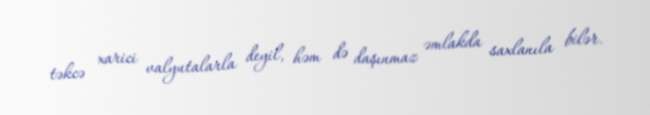
təkcə xarici valyutalarla deyil, həm də daşınmaz əmlakda saxlanıla bilər.